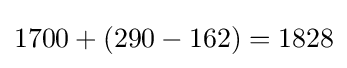
1700+(290-162)=1828